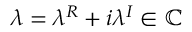
\lambda = \lambda ^ { R } + i \lambda ^ { I } \in \mathbb { C }